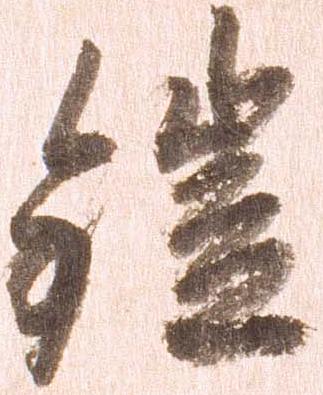
鎧